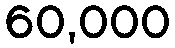
60,000